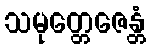
သမုတ္တေဇေန္တံ